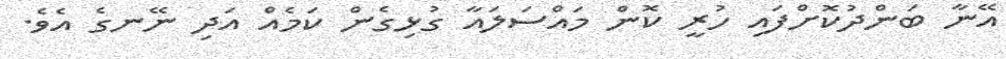
އޭނާ ބަންދުކޮށްފައި ހުރީ ކޮން މައްސަލައާ ގުޅިގެން ކަމެއް އަދި ނޭނގެ އެވެ.